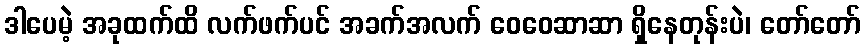
ဒါပေမဲ့ အခုထက်ထိ လက်ဖက်ပင် အခက်အလက် ဝေဝေဆာဆာ ရှိနေတုန်းပဲ၊ တော်တော်